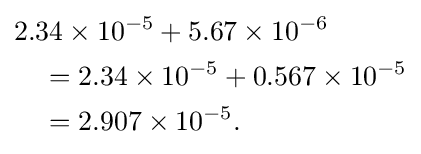
{\begin{aligned}&2.34\times 10^{-5}+5.67\times 10^{-6}\\&\quad =2.34\times 10^{-5}+0.567\times 10^{-5}\\&\quad =2.907\times 10^{-5}.\end{aligned}}